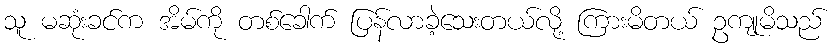
သူ မဆုံးခင်က အိမ်ကို တစ်ခေါက် ပြန်လာခဲ့သေးတယ်လို့ ကြားမိတယ် ဥကျုမိသည်